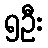
၅ဦး